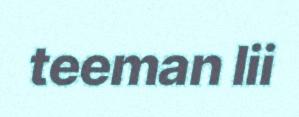
teeman lii